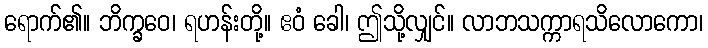
ရောက်၏။ ဘိက္ခဝေ၊ ရဟန်းတို့။ ဧဝံ ခေါ၊ ဤသို့လျှင်။ လာဘသက္ကာရသိလောကော၊